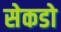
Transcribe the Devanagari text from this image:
सेकडो